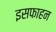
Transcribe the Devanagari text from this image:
इसफाहन